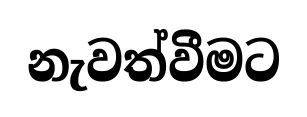
නැවත්වීමට